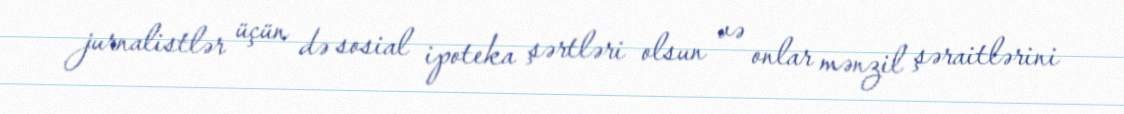
jurnalistlər üçün də sosial ipoteka şərtləri olsun və onlar mənzil şəraitlərini